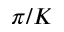
\pi / K